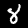
Digit: 8